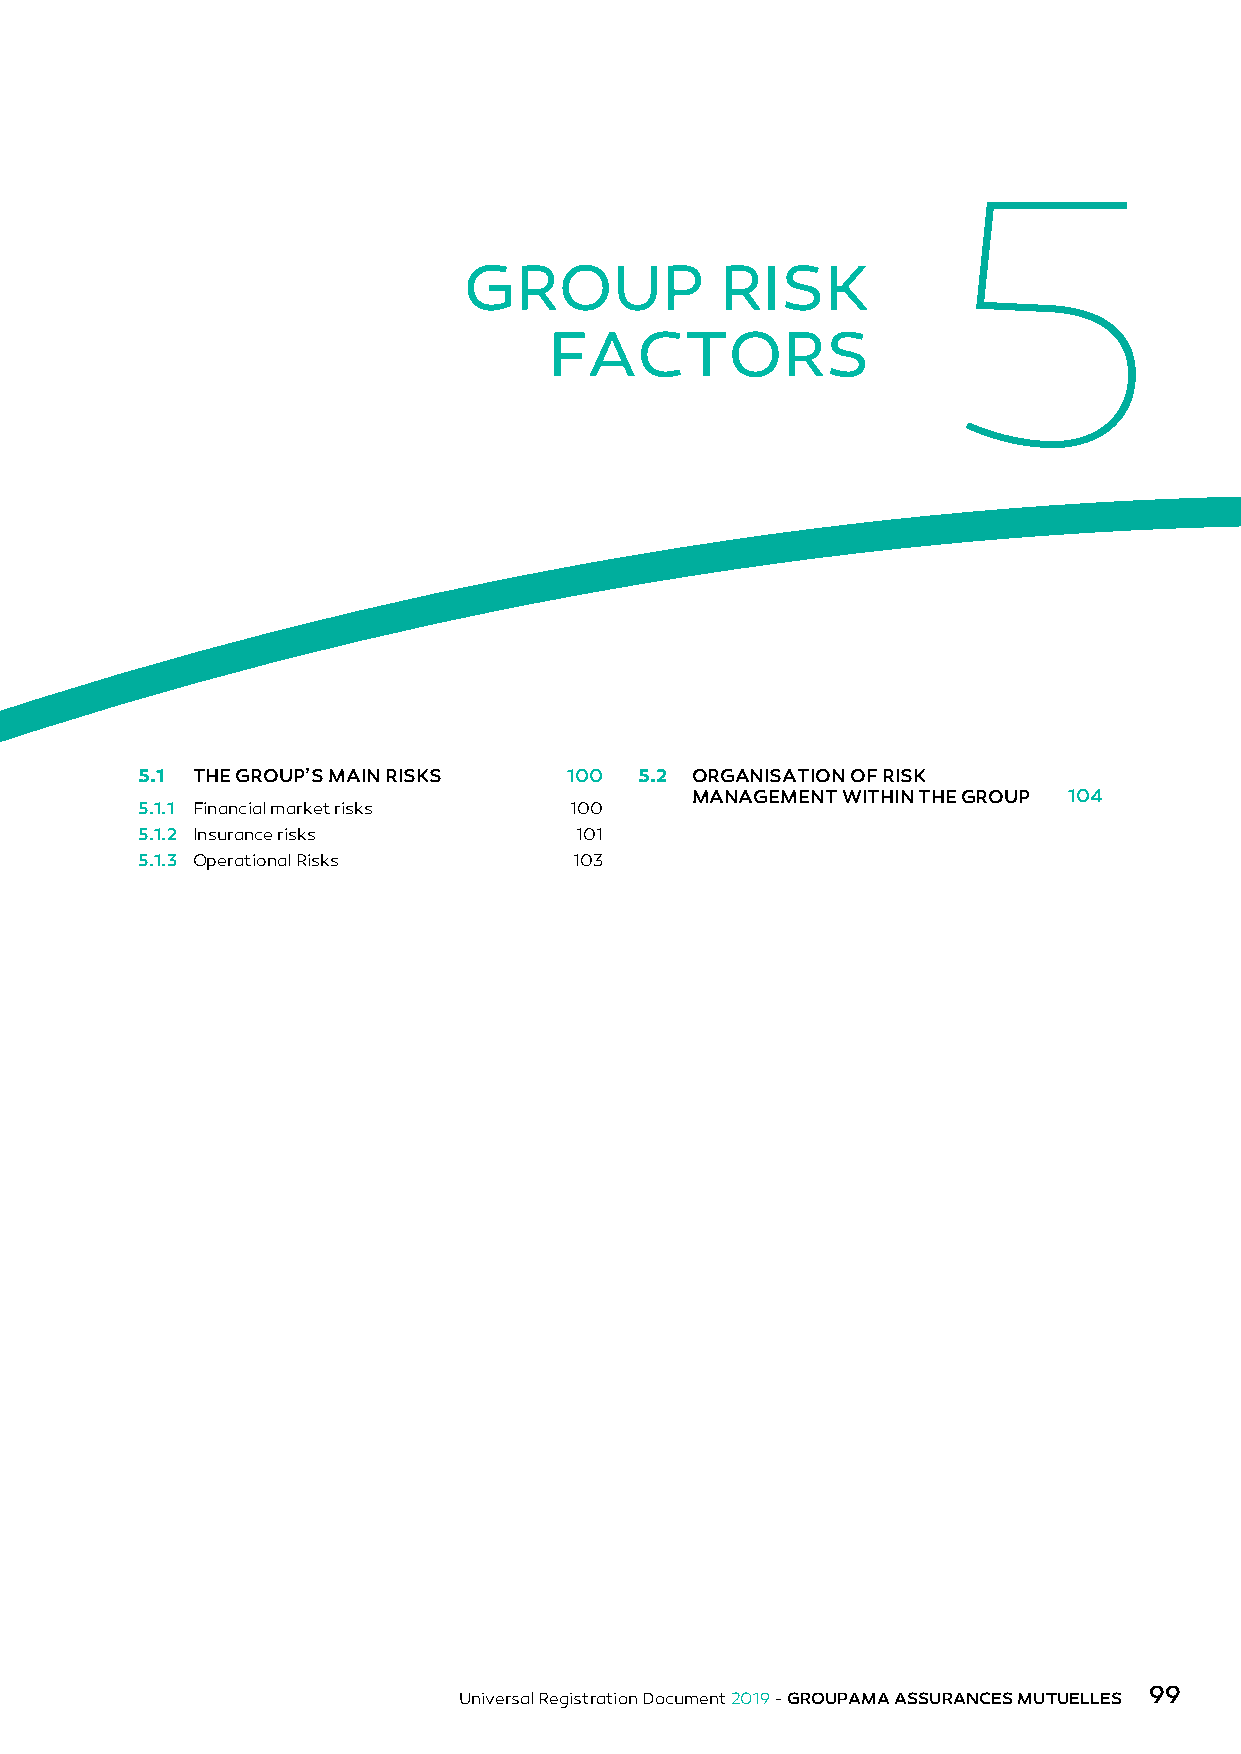
5
 GROUP            RISK
 FACTORS
 5.1 THE GROUP’S MAIN RISKS  100  5.2 ORGANISATION OF RISK
 MANAGEMENT WITHIN THE GROUP 104
 5.1.1 Financial market risks 100
 5.1.2 Insurance risks        101
 5.1.3 Operational Risks      103
 99
 Universal Registration Document 2019 - GROUPAMA ASSURANCES MUTUELLES